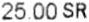
25.00 SR